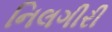
નિલગીરી